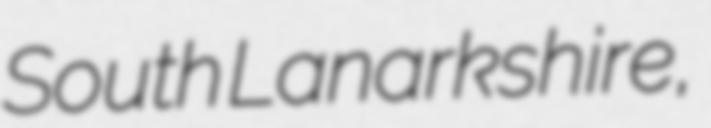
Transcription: South Lanarkshire,